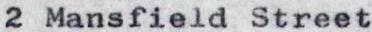
2 Mansfield Street